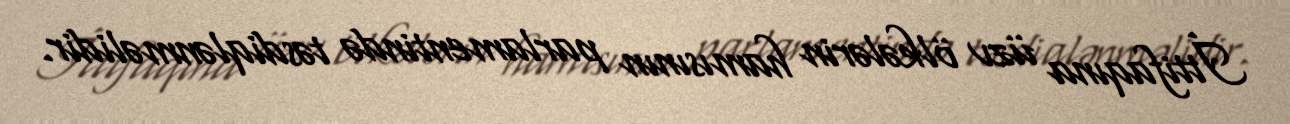
İttifaqına üzv ölkələrin hamısının parlamentində təsdiqlənməlidir.